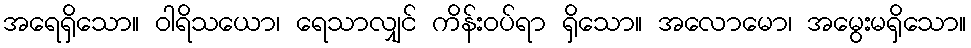
အရေရှိသော။ ဝါရိသယော၊ ရေသာလျှင် ကိန်းဝပ်ရာ ရှိသော။ အလောမော၊ အမွေးမရှိသော။